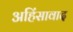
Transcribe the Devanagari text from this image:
अहिंसावाद